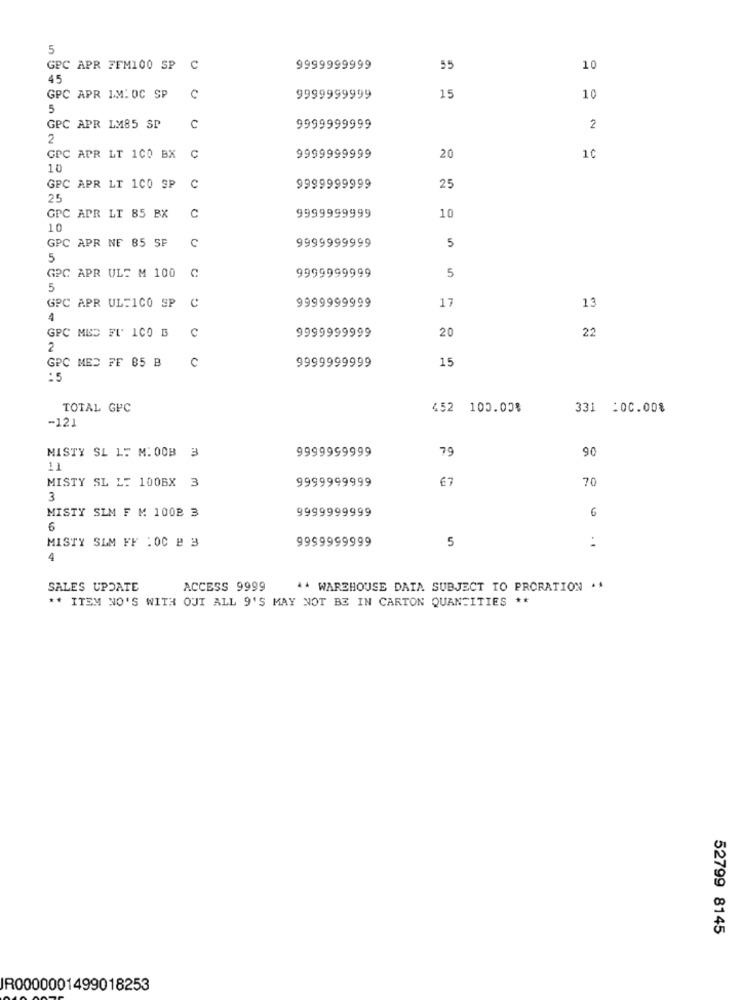
5
GPC APR FFM100 SP
C
9999999999
55
10
45
GPC APR LM: OC SP
c
9999999999
15
10
5
GPC APR LM85 SP
C
9999999999
2
2
GPC APR LT 100 BX
C
9999999999
20
10
10
GPC APR LT 1CO SP
c
9999999999
25
25
GPC APR LT 85 BX
C
9999999999
10
10
GPC APR NE 85 SF
9999999999
5
5
GPC APR ULE M 100
9999999999
5
5
GPC APR UL=1CO SP
c
9999999999
17
13
4
C
20
22
GPC MED FL ICO B
9999999999
2
GPC MED FF 85 B
c
15
9999999999
:5
TOTAL GPC
452 100.00%
331 :00.00%
-121
MISTY SL 15 M: 00B 3
9999999999
79
90
11
MISTY SL L: 1006X 3
9999999999
67
70
3
MISTY SLM F M 100B 3
9999999999
6
6
MISTY SLM FF :OC B 3
9999999999
5
. .
4
SALES UPDATE
ACCESS 9999
^^ WAREHOUSE DATA SUBJECT TO PRORATION **
** ITEM NO'S WITH OUT ALL 9'S MAY NOT BE IN CARTON QUANTITIES **
52799 8145
IR0000001499018253